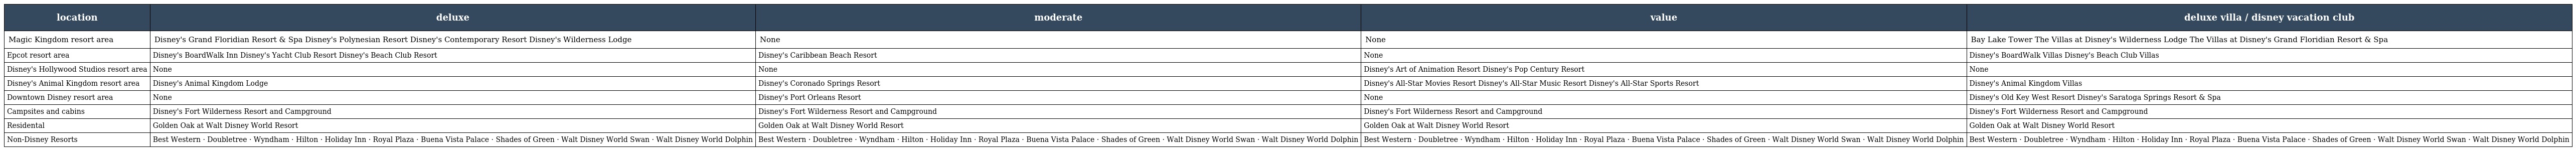
| location | deluxe | moderate | value | deluxe villa / disney vacation club |
 | --- | --- | --- | --- | --- |
 | Magic Kingdom resort area | Disney's Grand Floridian Resort & Spa Disney's Polynesian Resort Disney's Contemporary Resort Disney's Wilderness Lodge | None | None | Bay Lake Tower The Villas at Disney's Wilderness Lodge The Villas at Disney's Grand Floridian Resort & Spa |
 | Epcot resort area | Disney's BoardWalk Inn Disney's Yacht Club Resort Disney's Beach Club Resort | Disney's Caribbean Beach Resort | None | Disney's BoardWalk Villas Disney's Beach Club Villas |
 | Disney's Hollywood Studios resort area | None | None | Disney's Art of Animation Resort Disney's Pop Century Resort | None |
 | Disney's Animal Kingdom resort area | Disney's Animal Kingdom Lodge | Disney's Coronado Springs Resort | Disney's All-Star Movies Resort Disney's All-Star Music Resort Disney's All-Star Sports Resort | Disney's Animal Kingdom Villas |
 | Downtown Disney resort area | None | Disney's Port Orleans Resort | None | Disney's Old Key West Resort Disney's Saratoga Springs Resort & Spa |
 | Campsites and cabins | Disney's Fort Wilderness Resort and Campground | Disney's Fort Wilderness Resort and Campground | Disney's Fort Wilderness Resort and Campground | Disney's Fort Wilderness Resort and Campground |
 | Residental | Golden Oak at Walt Disney World Resort | Golden Oak at Walt Disney World Resort | Golden Oak at Walt Disney World Resort | Golden Oak at Walt Disney World Resort |
 | Non-Disney Resorts | Best Western · Doubletree · Wyndham · Hilton · Holiday Inn · Royal Plaza · Buena Vista Palace · Shades of Green · Walt Disney World Swan · Walt Disney World Dolphin | Best Western · Doubletree · Wyndham · Hilton · Holiday Inn · Royal Plaza · Buena Vista Palace · Shades of Green · Walt Disney World Swan · Walt Disney World Dolphin | Best Western · Doubletree · Wyndham · Hilton · Holiday Inn · Royal Plaza · Buena Vista Palace · Shades of Green · Walt Disney World Swan · Walt Disney World Dolphin | Best Western · Doubletree · Wyndham · Hilton · Holiday Inn · Royal Plaza · Buena Vista Palace · Shades of Green · Walt Disney World Swan · Walt Disney World Dolphin |